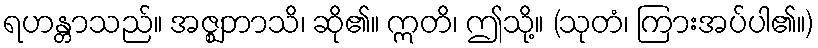
ရဟန္တာသည်။ အဇ္ဈဘာသိ၊ ဆို၏။ ဣတိ၊ ဤသို့။ (သုတံ၊ ကြားအပ်ပါ၏။)